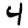
Digit: 4